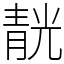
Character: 靗